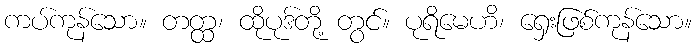
ကပ်ကုန်သော။ တတ္ထ၊ ထိုပုဒ်တို့ တွင်။ ပုရိမေဟိ၊ ရှေးဖြစ်ကုန်သော။